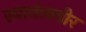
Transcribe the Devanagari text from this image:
स्‍वातंत्र्यवीर